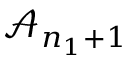
\mathcal { A } _ { n _ { 1 } + 1 }